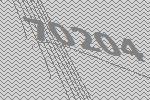
70204